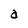
Character: a